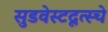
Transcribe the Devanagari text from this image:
सुडवेस्टदूत्स्चे